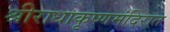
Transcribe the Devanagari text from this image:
श्रीराधाकृष्णमंदिरात